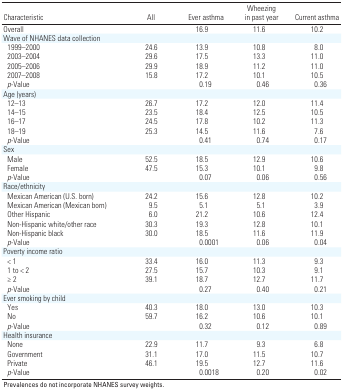
<table><thead><tr><td><b>Characteristic</b></td><td><b>All</b></td><td><b>Ever asthma</b></td><td><b>Wheezing in past year</b></td><td><b>Current asthma</b></td></tr></thead><tbody><tr><td><b>Overall </b></td><td></td><td>16.9</td><td>11.6</td><td>10.2</td></tr><tr><td><b>Wave of NHANES data collection </b></td></tr><tr><td><b>1999–2000</b></td><td>24.6</td><td>13.9</td><td>10.8</td><td>8.0</td></tr><tr><td><b>2003–2004</b></td><td>29.6</td><td>17.5</td><td>13.3</td><td>11.0</td></tr><tr><td><b>2005–2006</b></td><td>29.9</td><td>18.9</td><td>11.2</td><td>11.0</td></tr><tr><td><b>2007–2008</b></td><td>15.8</td><td>17.2</td><td>10.1</td><td>10.5</td></tr><tr><td><b><i>p</i>-Value</b></td><td></td><td>0.19</td><td>0.46</td><td>0.36</td></tr><tr><td><b>Age (years) </b></td></tr><tr><td><b>12–13</b></td><td>26.7</td><td>17.2</td><td>12.0</td><td>11.4</td></tr><tr><td><b>14–15</b></td><td>23.5</td><td>18.4</td><td>12.5</td><td>10.5</td></tr><tr><td><b>16–17</b></td><td>24.5</td><td>17.8</td><td>10.2</td><td>11.3</td></tr><tr><td><b>18–19</b></td><td>25.3</td><td>14.5</td><td>11.6</td><td>7.6</td></tr><tr><td><b><i>p</i>-Value</b></td><td></td><td>0.41</td><td>0.74</td><td>0.17</td></tr><tr><td><b>Sex </b></td></tr><tr><td><b>Male</b></td><td>52.5</td><td>18.5</td><td>12.9</td><td>10.6</td></tr><tr><td><b>Female</b></td><td>47.5</td><td>15.3</td><td>10.1</td><td>9.8</td></tr><tr><td><b><i>p</i>-Value</b></td><td></td><td>0.07</td><td>0.06</td><td>0.56</td></tr><tr><td><b>Race/ethnicity </b></td></tr><tr><td><b>Mexican American (U.S. born)</b></td><td>24.2</td><td>15.6</td><td>12.8</td><td>10.2</td></tr><tr><td><b>Mexican American (Mexican born)</b></td><td>9.5</td><td>5.1</td><td>5.1</td><td>3.9</td></tr><tr><td><b>Other Hispanic</b></td><td>6.0</td><td>21.2</td><td>10.6</td><td>12.4</td></tr><tr><td><b>Non-Hispanic white/other race</b></td><td>30.3</td><td>19.3</td><td>12.8</td><td>10.1</td></tr><tr><td><b>Non-Hispanic black</b></td><td>30.0</td><td>18.5</td><td>11.6</td><td>11.9</td></tr><tr><td><b><i>p</i>-Value</b></td><td></td><td>0.0001</td><td>0.06</td><td>0.04</td></tr><tr><td><b>Poverty income ratio </b></td></tr><tr><td><b>&lt; 1</b></td><td>33.4</td><td>16.0</td><td>11.3</td><td>9.3</td></tr><tr><td><b>1 to &lt; 2</b></td><td>27.5</td><td>15.7</td><td>10.3</td><td>9.1</td></tr><tr><td><b>≥ 2</b></td><td>39.1</td><td>18.7</td><td>12.7</td><td>11.7</td></tr><tr><td><b><i>p</i>-Value</b></td><td></td><td>0.27</td><td>0.40</td><td>0.21</td></tr><tr><td><b>Ever smoking by child </b></td></tr><tr><td><b>Yes</b></td><td>40.3</td><td>18.0</td><td>13.0</td><td>10.3</td></tr><tr><td><b>No</b></td><td>59.7</td><td>16.2</td><td>10.6</td><td>10.1</td></tr><tr><td><b><i>p</i>-Value</b></td><td></td><td>0.32</td><td>0.12</td><td>0.89</td></tr><tr><td><b>Health insurance </b></td></tr><tr><td><b>None</b></td><td>22.9</td><td>11.7</td><td>9.3</td><td>6.8</td></tr><tr><td><b>Government</b></td><td>31.1</td><td>17.0</td><td>11.5</td><td>10.7</td></tr><tr><td><b>Private</b></td><td>46.1</td><td>19.5</td><td>12.7</td><td>11.6</td></tr><tr><td><b><i>p</i>-Value</b></td><td></td><td>0.0018</td><td>0.20</td><td>0.02</td></tr><tr><td colspan="5">Prevalences do not incorporate NHANES survey weights.</td></tr></tbody></table>